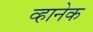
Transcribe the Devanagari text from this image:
व्हानेक